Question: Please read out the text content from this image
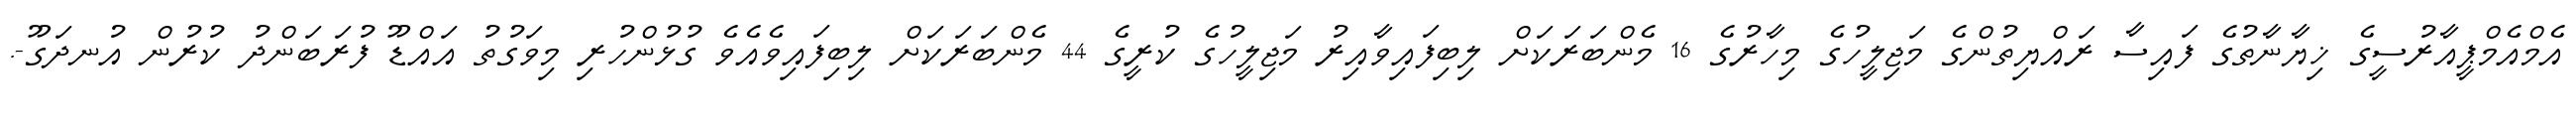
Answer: އެމްއެމްޕީއާރުސީގެ ޚިޔާނާތުގެ ފައިސާ ރައްޔިތުންގެ މަޖިލީހުގެ މިހާރުގެ 16 މެންބަރަކަށް ލިބިފައިވާއިރު މަޖިލީހުގެ ކުރީގެ 44 މެންބަރަކަށް ލިބިފައިވެއެވެ ގުޅުންހުރި މިވަގުތު އައްޑޫ ފުރަބަންދު ކުރުން އުނދަގޫ-.